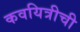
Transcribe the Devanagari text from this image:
कवयित्रीची